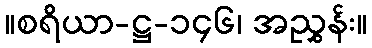
။စရိယာ-ဋ္ဌ-၁၄၆၊ အညွှန်း။